Annual report on the health of the army in India
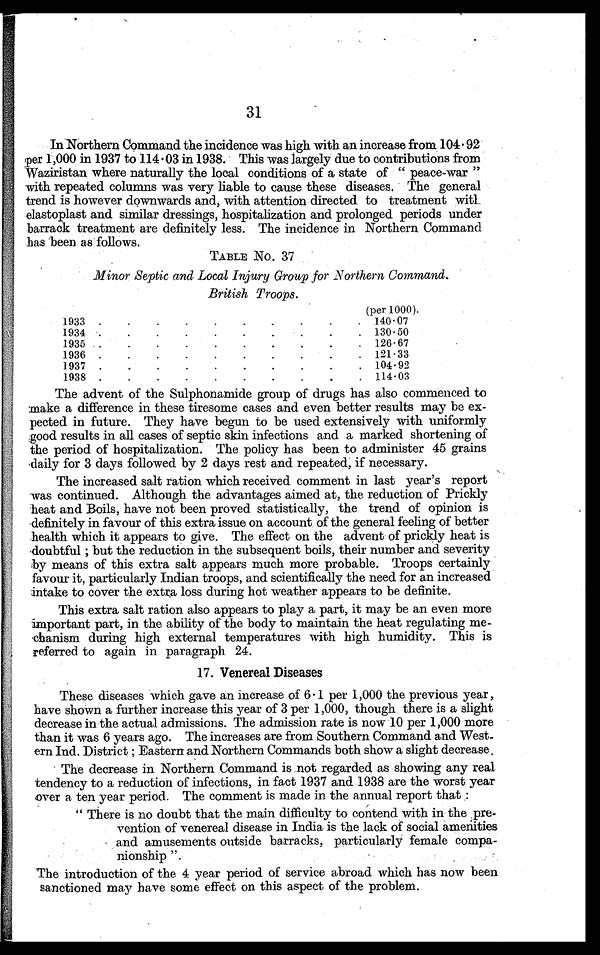
31
In Northern Command the incidence was high with an increase from 104.92
per 1,000 in 1937 to 114.03 in 1938. This was largely due to contributions from
Waziristan where naturally the local conditions of a state of " peace-war "
with repeated columns was very liable to cause these diseases. The general
trend is however downwards and, with attention directed to treatment with
elastoplast and similar dressings, hospitalization and prolonged periods under
barrack treatment are definitely less. The incidence in Northern Command
has been as follows.
TABLE No. 37
Minor Septic and Local Injury Group for Northern Command.
British Troops.
(per1000).
1933
. . . . . . . . .
140.07
1934 .
. . . . . . . .
130.50
1935
. .
126.67
. . . . . . . .
1936
. . . . . . . . . .
121.33
1937
. . . . . . . . . .
104.92
1938
114.03
The advent of the Sulphonamide group of drugs has also commenced to
make a difference in these tiresome cases and even better results may be ex-
pected in future. They have begun to be used extensively with uniformly
good results in all cases of septic skin infections and a marked shortening of
the period of hospitalization. The policy has been to administer 45 grains
daily for 3 days followed by 2 days rest and repeated, if necessary.
The increased salt ration which received comment in last year's report
was continued. Although the advantages aimed at, the reduction of Prickly
heat and Boils, have not been proved statistically, the trend of opinion is
definitely in favour of this extra issue on account of the general feeling of better
health which it appears to give. The effect on the advent of prickly heat is
doubtful ; but the reduction in the subsequent boils, their number and severity
by means of this extra salt appears much more probable. Troops certainly
favour it, particularly Indian troops, and scientifically the need for an increased
intake to cover the extra loss during hot weather appears to be definite.
This extra salt ration also appears to play a part, it may be an even more
important part, in the ability of the body to maintain the heat regulating me-
chanism during high external temperatures with high humidity. This is
referred to again in paragraph 24.
17. Venereal Diseases
These diseases which gave an increase of 6.1 per 1,000 the previous year,
have shown a further increase this year of 3 per 1,000, though there is a slight
decrease in the actual admissions. The admission rate is now 10 per 1,000 more
than it was 6 years ago. The increases are from Southern Command and West-
ern Ind. District ; Eastern and Northern Commands both show a slight decrease.
The decrease in Northern Command is not regarded as showing any real
tendency to a reduction of infections, in fact 1937 and 1938 are the worst year
e v e r a . t e n y e a r p e r i o d . T h e c o m m e n t i s m a d e i n t h e a n n u a l r e p o r t t h a t :
" There is no doubt that the main difficulty to contend with in the pre-
vention of venereal disease in India is the lack of social amenities
and amusements outside barracks, particularly female compa-
nionship ".
'The introduction of the 4 year period of service abroad which has now been
sanctioned may have some effect on this aspect of the problem.